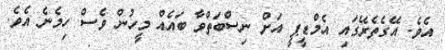
އެވެ. އޭގެތެރޭގައި އެމްޑީޕީ އަށް ނިސްބަތްވާ ބައެއް މީހުން ވެސް ހިމެނެ އެވެ.